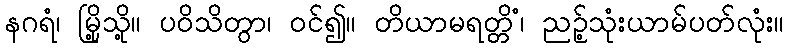
နဂရံ၊ မြို့သို့။ ပဝိသိတွာ၊ ဝင်၍။ တိယာမရတ္တိံ၊ ညဉ့်သုံးယာမ်ပတ်လုံး။